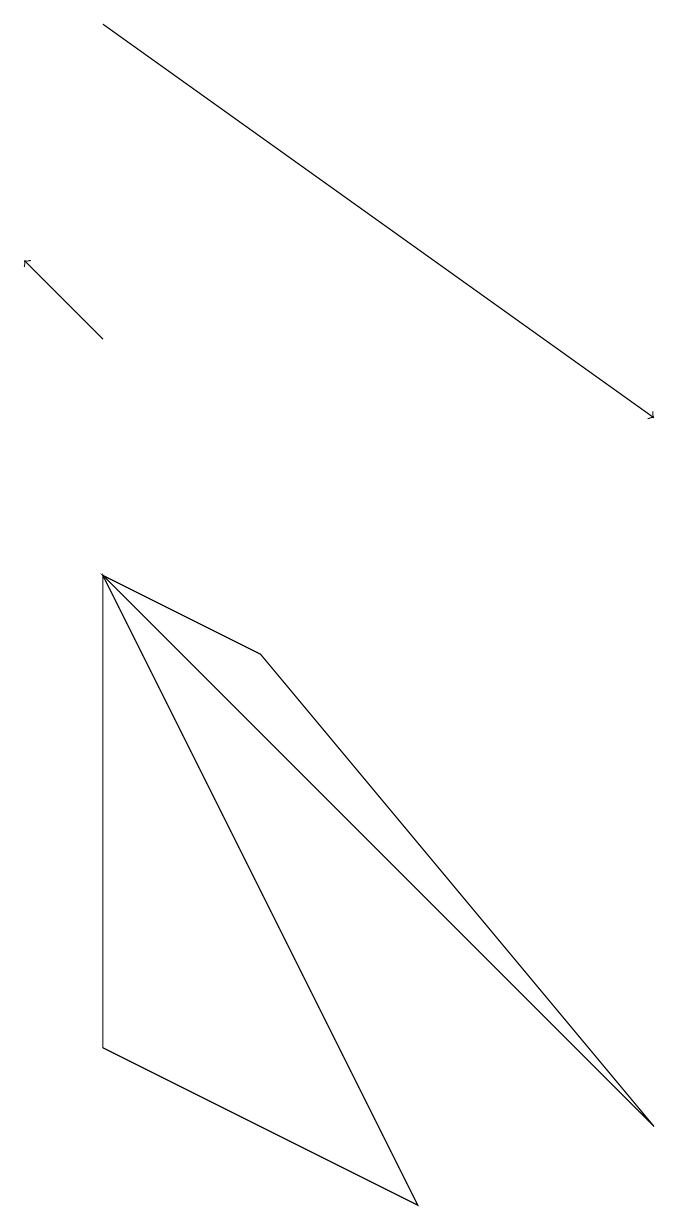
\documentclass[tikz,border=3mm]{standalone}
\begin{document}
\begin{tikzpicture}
\draw (8,1) -- (1,8) -- (3,7) -- cycle;
\draw (1,2) -- (5,0) -- (1,8) -- cycle;
\draw[->] (1,15) -- (8,10);
\draw[->] (1,11) -- (0,12);
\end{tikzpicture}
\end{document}